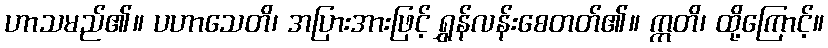
ဟာသမည်၏။ ပဟာသေတိ၊ အပြားအားဖြင့် ရွှန်လန်းစေတတ်၏။ ဣတိ၊ ထို့ကြောင့်။